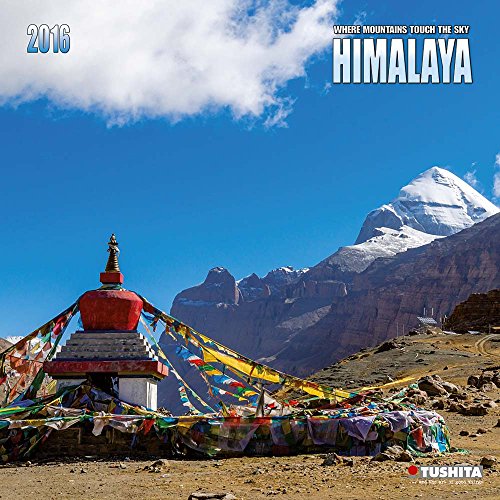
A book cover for Himalaya (160111) (English, Spanish, French, Italian and German Edition); Tushita; Travel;